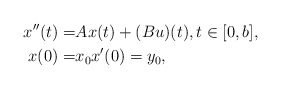
\begin{align*}x''(t)=&Ax(t)+(Bu)(t),t\in [0,b], \\x(0)=&x_0 x'(0)=y_0,\end{align*}